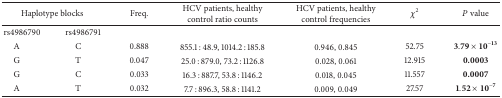
<table><thead><tr><td colspan="2"><b>Haplotype blocks</b></td><td><b>Freq.</b></td><td><b>HCV patients, healthy control ratio counts</b></td><td><b>HCV patients, healthy control frequencies</b></td><td><b><i>χ</i><sup>2</sup></b></td><td><b><i>P</i> value</b></td></tr></thead><tbody><tr><td>rs4986790</td><td>rs4986791</td><td>[EMPTY_CELL]</td><td>[EMPTY_CELL]</td><td>[EMPTY_CELL]</td><td>[EMPTY_CELL]</td><td>[EMPTY_CELL]</td></tr><tr><td> A</td><td> C</td><td>0.888</td><td>855.1 : 48.9, 1014.2 : 185.8</td><td>0.946, 0.845</td><td>52.75</td><td>3.79 × 10<sup>−13</sup></td></tr><tr><td> G</td><td> T</td><td>0.047</td><td>25.0 : 879.0, 73.2 : 1126.8</td><td>0.028, 0.061</td><td>12.915</td><td><b>0.0003</b></td></tr><tr><td> G</td><td> C</td><td>0.033</td><td>16.3 : 887.7, 53.8 : 1146.2</td><td>0.018, 0.045</td><td>11.557</td><td><b>0.0007</b></td></tr><tr><td> A</td><td> T</td><td>0.032</td><td>7.7 : 896.3, 58.8 : 1141.2</td><td>0.009, 0.049</td><td>27.57</td><td>1.52 × 10<sup>−7</sup></td></tr></tbody></table>